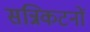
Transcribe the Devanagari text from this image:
सन्निकटनों